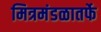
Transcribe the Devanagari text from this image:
मित्रमंडळातर्फे